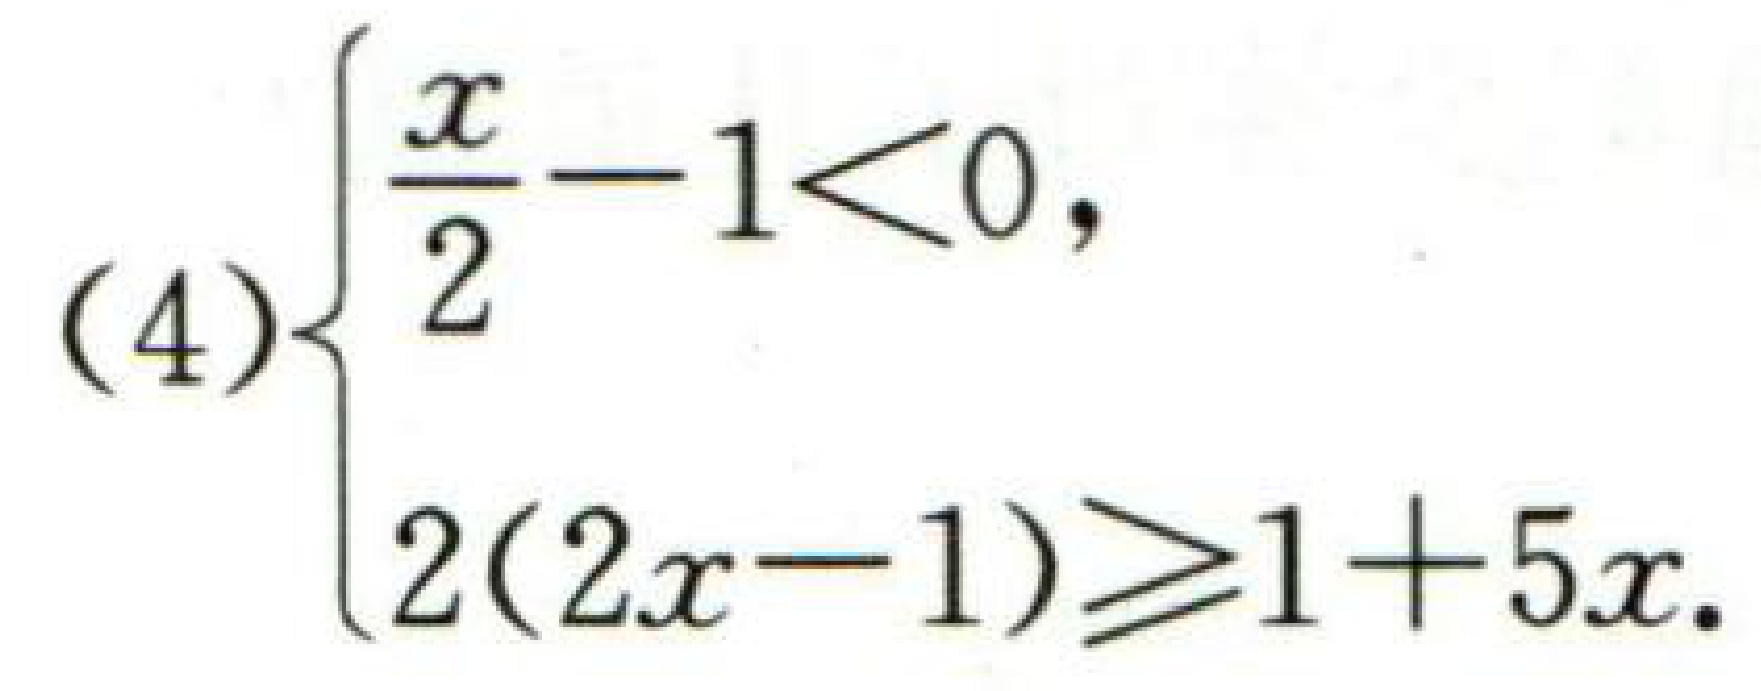
$(4)\begin{cases}
\frac{x}{2}-1<0,\\
2(2x - 1)\geq1 + 5x.
\end{cases}$